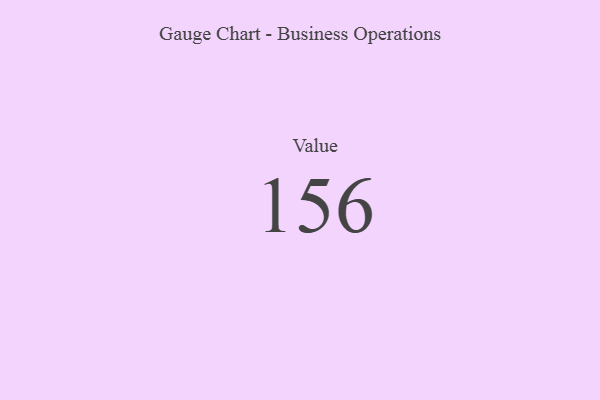
{"axis": {"x": "Metric", "y": "Value"}, "legend": [""], "data": [{"x": "Value", "y": 156, "type": ""}]}